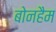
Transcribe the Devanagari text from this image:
बोनहैम